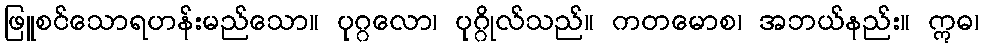
ဖြူစင်သောရဟန်းမည်သော။ ပုဂ္ဂလော၊ ပုဂ္ဂိုလ်သည်။ ကတမောစ၊ အဘယ်နည်း။ ဣဓ၊